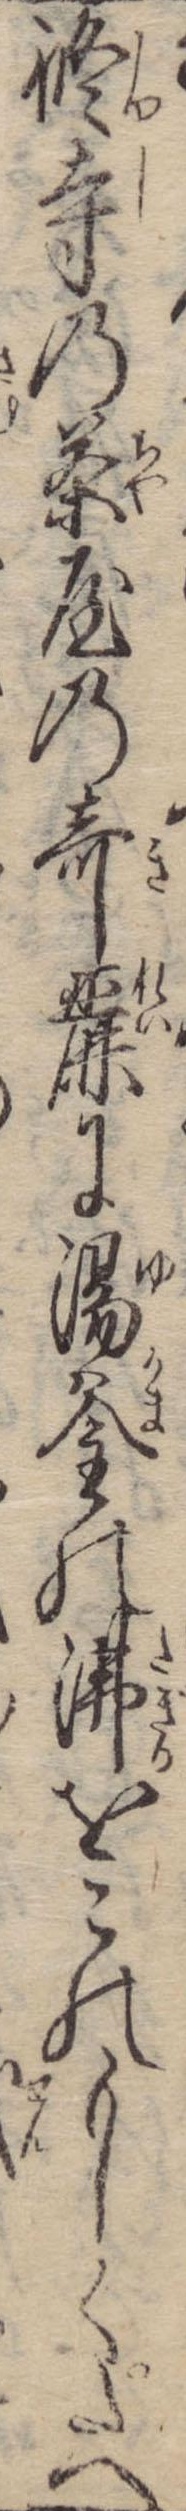
修寺の茶屋の奇麗に湯釜の沸をこのもしくたへ